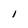
Character: I